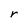
Character: r